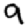
Digit: 9